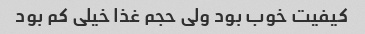
کیفیت خوب بود ولی حجم غذا خیلی کم بود